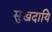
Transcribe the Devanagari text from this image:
सुखदायि